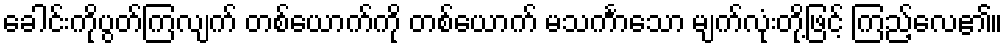
ခေါင်းကိုပွတ်ကြလျက် တစ်ယောက်ကို တစ်ယောက် မသင်္ကာသော မျက်လုံးတို့ဖြင့် ကြည့်လေ၏။